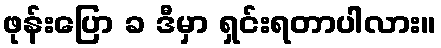
ဖုန်းပြော ခ ဒီမှာ ရှင်းရတာပါလား။